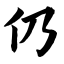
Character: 仍